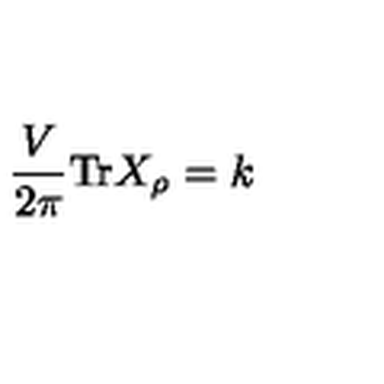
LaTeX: \frac { V } { 2 \pi } \mathrm { T r } X _ { \rho } = k